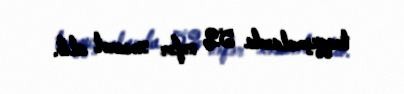
toqquşmalarda 52 nəfər xəsarət alıb.